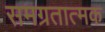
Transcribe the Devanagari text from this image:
समग्रतात्मक